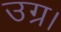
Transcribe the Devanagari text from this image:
उग्र।